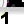
Digit: 1